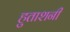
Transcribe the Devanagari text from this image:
हुताशनी